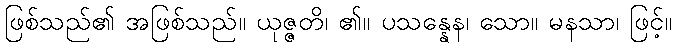
ဖြစ်သည်၏ အဖြစ်သည်။ ယုဇ္ဇတိ၊ ၏။ ပသန္နေန၊ သော။ မနသာ၊ ဖြင့်။